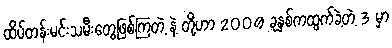
ထိပ်တန်းမင်းသမီးတွေဖြစ်ကြတဲ့ နဲ့ တို့ဟာ 2009 ခုနှစ်ကထွက်ခဲ့တဲ့ 3 မှာ